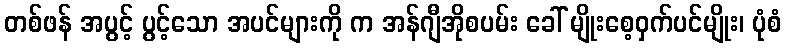
တစ်ဖန် အပွင့် ပွင့်သော အပင်များကို က အန်ဂျီအိုစပမ်း ခေါ် မျိုးစေ့ဝှက်ပင်မျိုး၊ ပုံစံ